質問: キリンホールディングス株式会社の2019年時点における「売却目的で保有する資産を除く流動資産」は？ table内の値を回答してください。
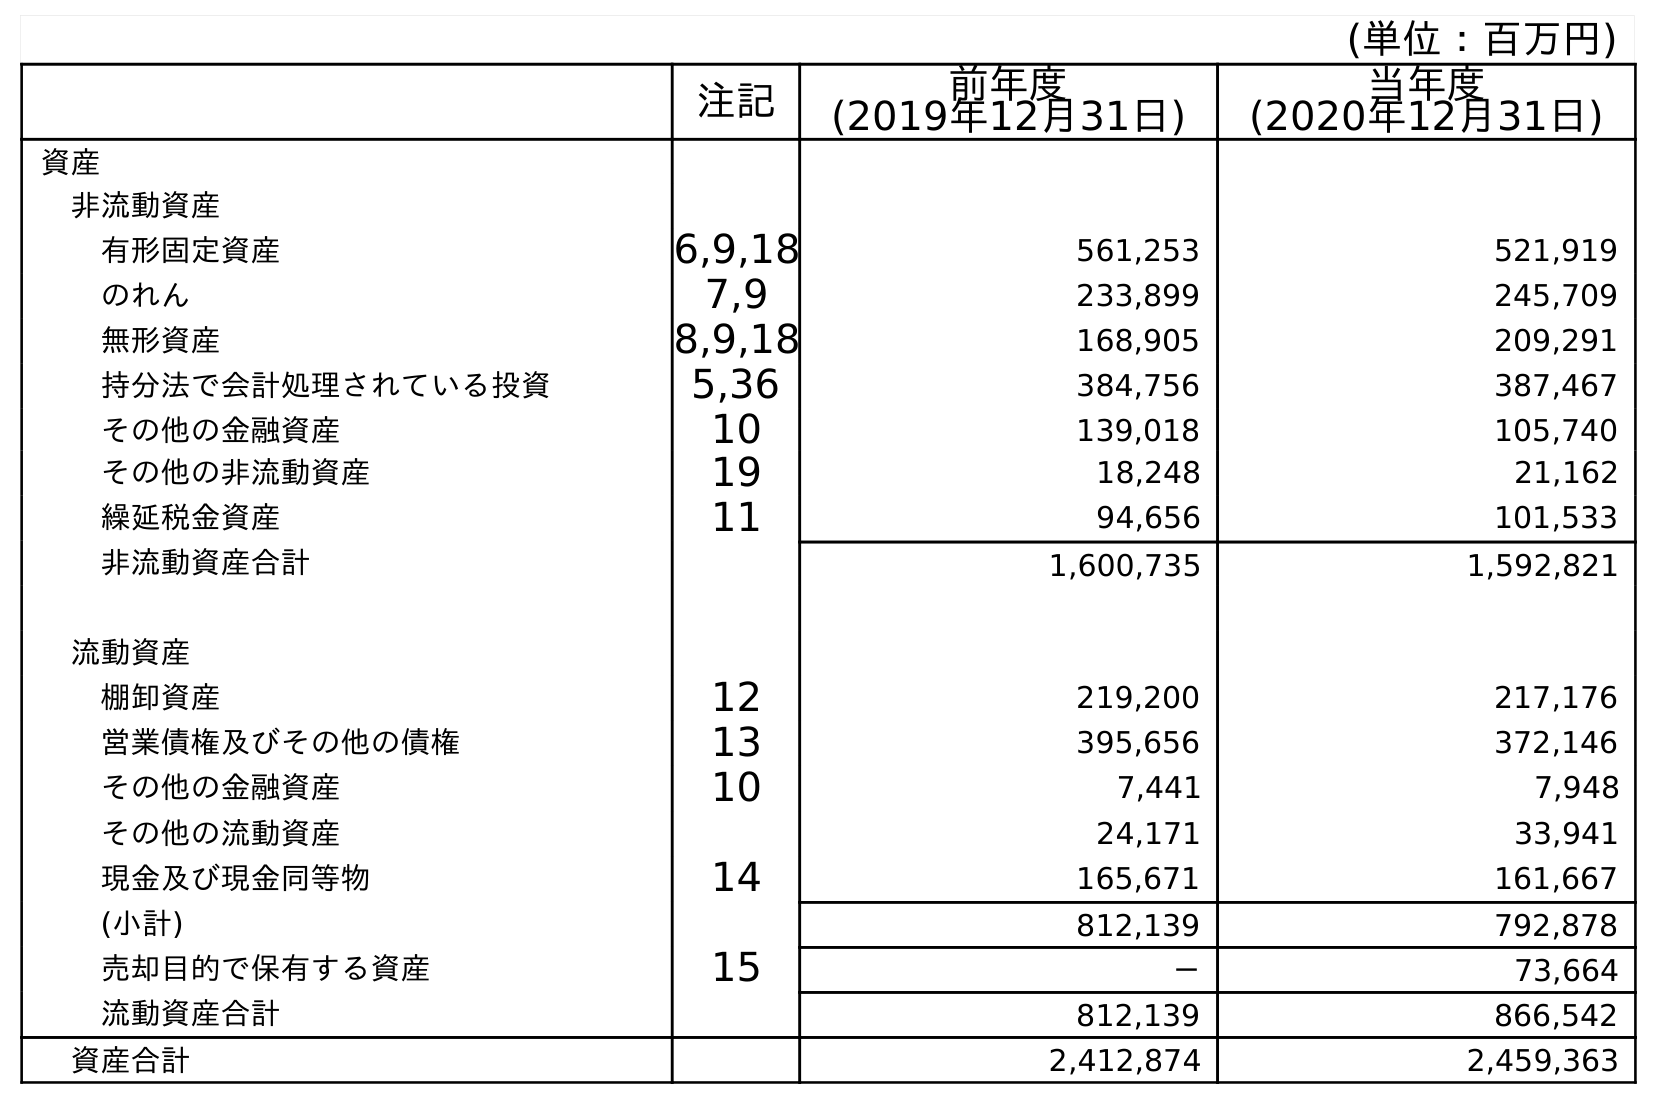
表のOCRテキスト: (単位：百万円) 注記 前年度 (2019年12月31日) 当年度 (2020年12月31日) 資産 非流動資産 有形固定資産 6,9,18 561,253 521,919 のれん 7,9 233,899 245,709 無形資産 8,9,18 168,905 209,291 持分法で会計処理されている投資 5,36 384,756 387,467 その他の金融資産 10 139,018 105,740 その他の非流動資産 19 18,248 21,162 繰延税金資産 11 94,656 101,533 非流動資産合計 1,600,735 1,592,821 流動資産 棚卸資産 12 219,200 217,176 営業債権及びその他の債権 13 395,656 372,146 その他の金融資産 10 7,441 7,948 その他の流動資産 24,171 33,941 現金及び現金同等物 14 165,671 161,667 (小計) 812,139 792,878 売却目的で保有する資産 15 － 73,664 流動資産合計 812,139 866,542 資産合計 2,412,874 2,459,363
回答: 812,139